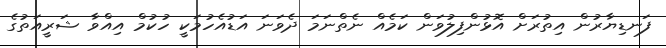
ފަނޑިޔާރުން އިތުރަށް އޮޅުންފިލުވަން ކަމެއް ނެތްނަމަ ދެވަނަ އަޑުއެހުމަކީ ހުކުމް އިއްވާ ޝަރީއަތުގެ